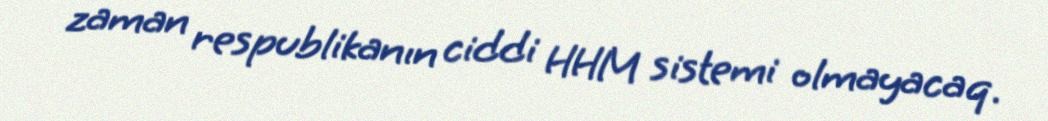
zaman respublikanın ciddi HHM sistemi olmayacaq.